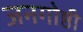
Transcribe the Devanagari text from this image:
जनगोष्ठी